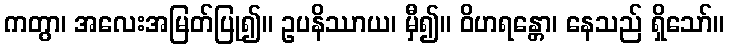
ကတွာ၊ အလေးအမြတ်ပြု၍။ ဥပနိဿာယ၊ မှီ၍။ ဝိဟရန္တော၊ နေသည် ရှိသော်။